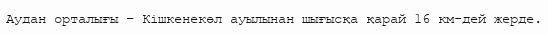
Аудан орталығы – Кішкенекөл ауылынан шығысқа қарай 16 км-дей жерде.